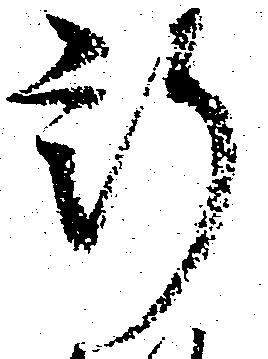
新